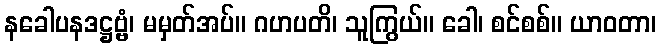
နခေါပနဒဋ္ဌဗ္ဗံ၊ မမှတ်အပ်။ ဂဟပတိ၊ သူကြွယ်။ ခေါ၊ စင်စစ်။ ယာဝတာ၊